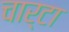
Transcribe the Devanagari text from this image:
चार्टा